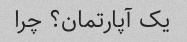
یک آپارتمان؟ چرا